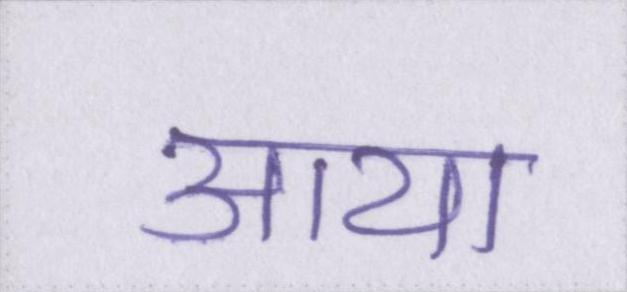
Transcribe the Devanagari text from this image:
आया